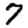
Digit: 7